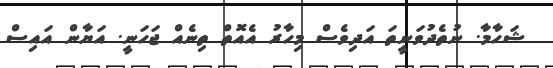
ޝަހާމާ. ނުތެދުވަނީތަ އަދިވެސް މިހާރު އެއޮތް ތިނެއް ޖަހަނީ. އަޔާން އައިސް